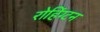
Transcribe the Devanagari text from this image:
रोहिंग्टन